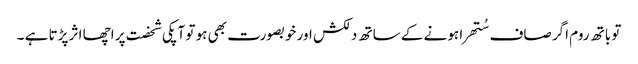
تو باتھ روم اگر صاف سُتھرا ہونے کے ساتھ دلکش اور خوبصورت بھی ہو تو آپکی شخصت پر اچھا اثر پڑتا ہے ۔